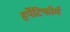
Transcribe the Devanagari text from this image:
हर्पेटिफॉर्म